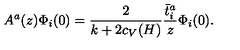
A ^ { a } ( z ) \Phi _ { i } ( 0 ) = { \frac { 2 } { k + 2 c _ { V } ( H ) } } { \frac { \bar { t } _ { i } ^ { a } } { z } } \Phi _ { i } ( 0 ) .